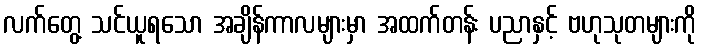
လက်တွေ့ သင်ယူရသော အချိန်ကာလများမှာ အထက်တန်း ပညာနှင့် ဗဟုသုတများကို